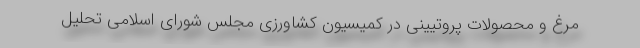
مرغ و محصولات پروتیینی در کمیسیون کشاورزی مجلس شورای اسلامی تحلیل